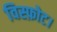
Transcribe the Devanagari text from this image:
विस्फ़ोट।